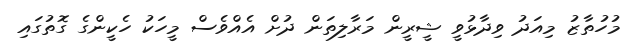
މުހުތާޒު މިއަދު ވިދާޅުވީ ޝީރީން މަރާލިތަން ދުށް އެއްވެސް މީހަކު ހެކީންގެ ގޮތުގައި